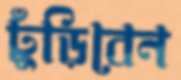
ঢুঁড়িবেন